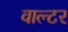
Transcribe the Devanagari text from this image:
वाल्‍टर